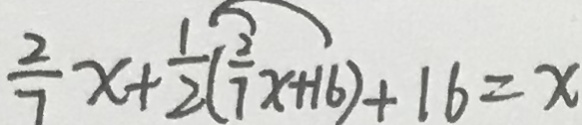
\frac { 2 } { 7 } x + \frac { 1 } { 2 } ( \frac { 2 } { 7 } x + 1 6 ) + 1 6 = x